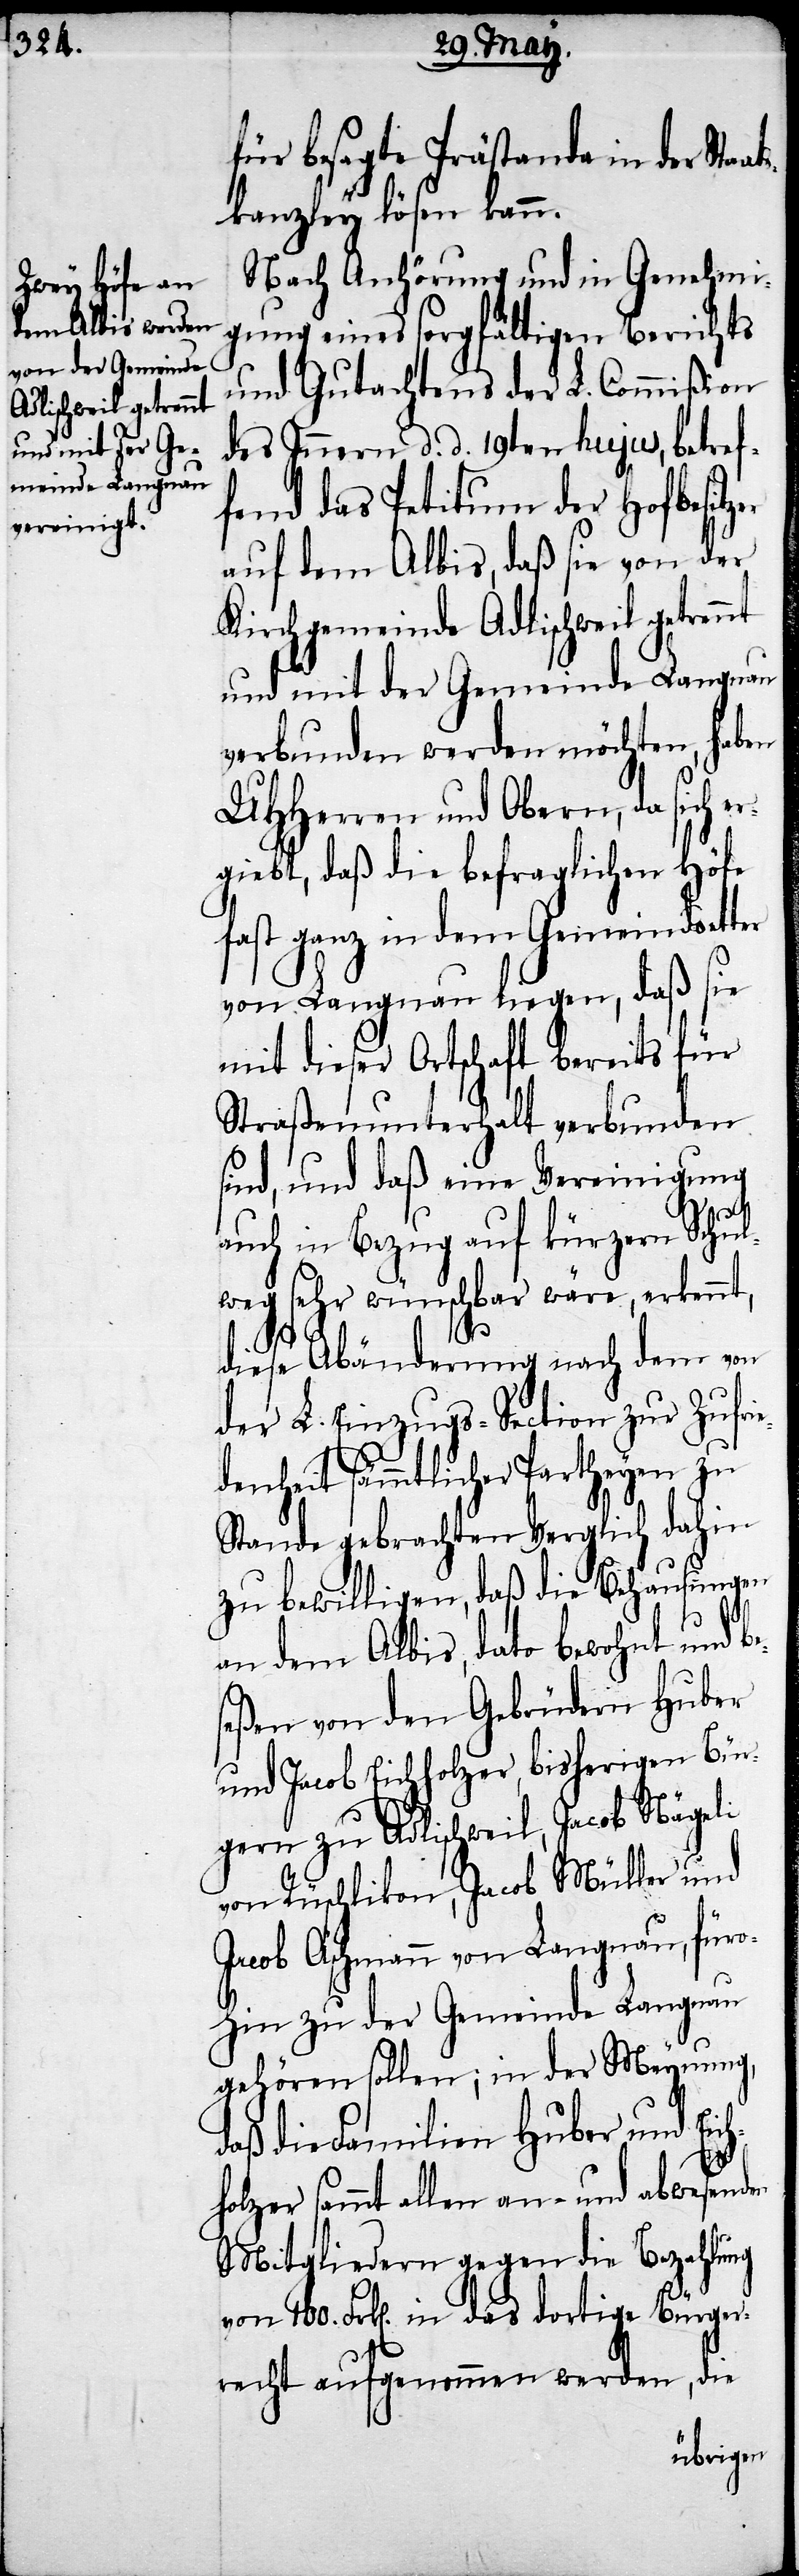
für besagte Prästanda in der Sta¬
kanzley lösen kann.
Nach Anhörung und in Genehmi¬
gung eines sorgfältigen Berichts
und Gutachtens der L. Commißion
des Innern d. d. 19ten hujus, betref¬
fend das Petitum der Hofbesitz¬
auf dem Albis, daß sie von der
Kirchgemeinde Adlischweil getrennt
und mit der Gemeinde Langnau
verbunden werden möchten, haben
UHHerren und Obern, da sich e¬
rgiebt, daß die befraglichen Höfe
fast ganz in dem Gemeindsetter
von Langnau liegen, daß sie
mit dieser Ortschaft bereits für
Straßenunterhalt verbunden
sind, und daß eine Vereinigung
ats¬
auch in Bezug auf kürzern Schul¬
weg sehr wünschbar wäre, erkennt,
h¬
diese Abänderung nach dem von
der L. Einzugs-Section zur Zufri¬
edenheit sämmtlicher Partheyen zu
Stande gebrachten Verglich dahin
zu bewilligen, daß die Behausungen
an dem Albis, dato bewohnt und be¬
seßen von den Gebrüdern Huber
und Jacob Eichholzer, bisherigen Bür¬
gern zu Adlischweil, Jacob Nägeli
von Rüschlikon, Jacob Müller und
Jacob Aschmann von Langnau, füro¬
hin zu der Gemeinde Langnau
gehören sollen; in der Meynung,
daß die Familien Huber und Eic¬
holzer sammt allen an- und abwesenden
Mitgliedern gegen die Bezahlung
von 100. Frk[en]. in das dortige Bürger¬
recht aufgenommen werden, die